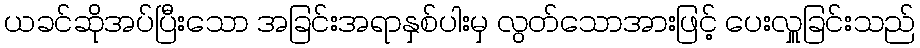
ယခင်ဆိုအပ်ပြီးသော အခြင်းအရာနှစ်ပါးမှ လွတ်သောအားဖြင့် ပေးလှူခြင်းသည်